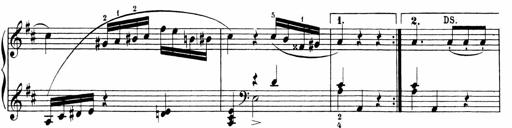
Title: Sonatinen Op.47, 98 und 136, nebst 6 Liedersonatinen
Composer: Carl Reinecke